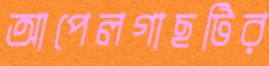
আপেলগাছটির